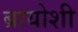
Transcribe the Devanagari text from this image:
ब्रायोशी